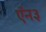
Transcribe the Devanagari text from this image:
ऍन३